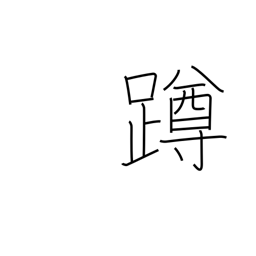
Meaning: squat